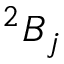
^ { 2 } B _ { j }